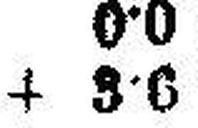
+ 3·6